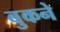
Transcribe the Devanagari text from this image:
बुकने